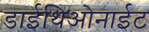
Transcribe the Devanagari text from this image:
डाईथिओनाईट